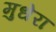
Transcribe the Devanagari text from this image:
मुधेरा